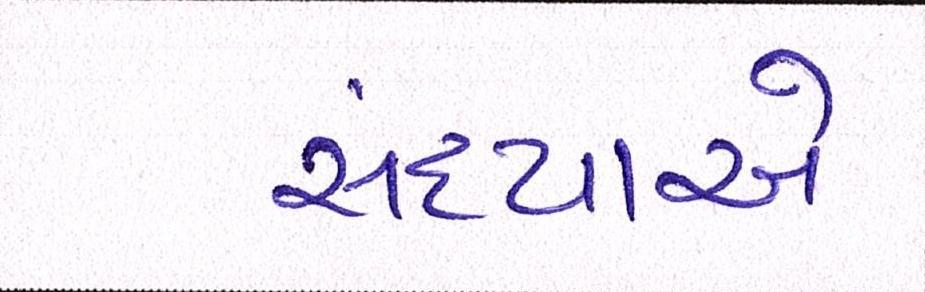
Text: સંધ્યાએ